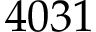
4 0 3 1